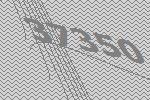
37350